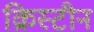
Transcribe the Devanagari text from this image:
क्रिस्‍टीन